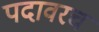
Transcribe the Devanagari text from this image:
पदावरच